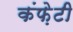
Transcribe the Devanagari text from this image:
कंफ़ेटी